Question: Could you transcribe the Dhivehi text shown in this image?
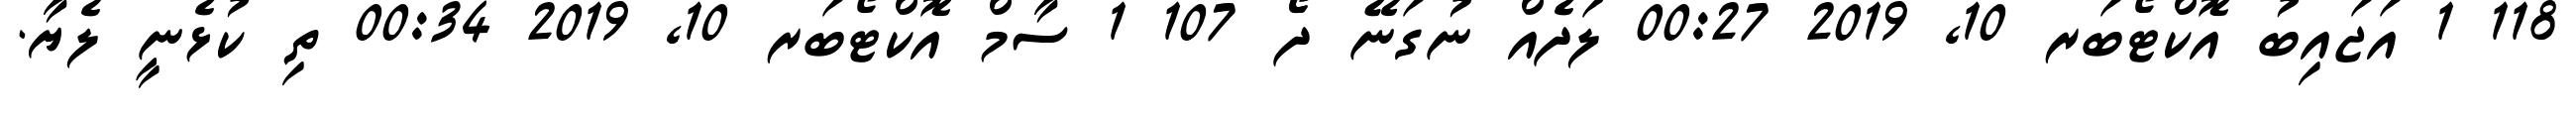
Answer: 118 1 އަޖައިބު އޮކްޓޯބަރ 10, 2019 00:27 ލަދެއް ނުގަނޭ ދޯޯ 107 1 ސާމް އޮކްޓޯބަރ 10, 2019 00:34 ތި ކުޅެނީ ލެޔާ.